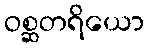
ဝစ္ဆတရိယော